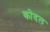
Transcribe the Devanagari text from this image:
कोदल